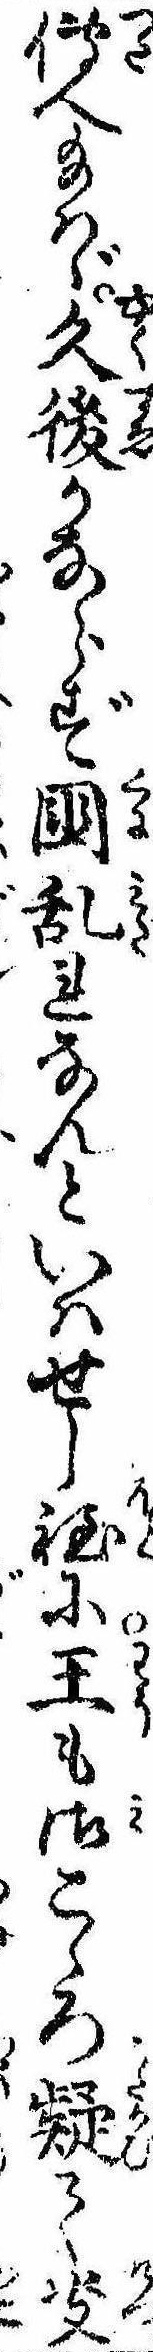
伝へ給はゞ久後かならず国乱れなんといはせし程に王も御こゝろ疑て決